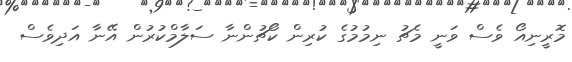
މޮރީނިއޯ ވެސް ވަނީ މެޗު ނިމުމުގެ ކުރިން ކޯޗުންނާ ސަލާމްކުރުން އޭނާ އަދިވެސް